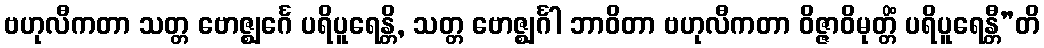
ဗဟုလီကတာ သတ္တ ဗောဇ္ဈင်္ဂေ ပရိပူရေန္တိ, သတ္တ ဗောဇ္ဈင်္ဂါ ဘာဝိတာ ဗဟုလီကတာ ဝိဇ္ဇာဝိမုတ္တိံ ပရိပူရေန္တီ”တိ